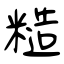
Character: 糙